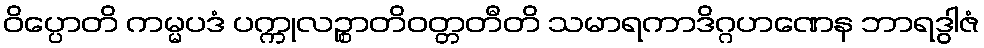
ဝိပ္ပောတိ ကမ္မပဒံ ပက္ကုလဉ္စာတိဝတ္တတီတိ သမာရကာဒိဂ္ဂဟဏေန ဘာရဒွါဇံ